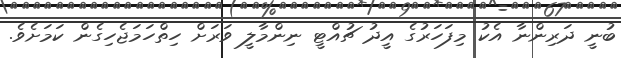
ބުނީ ދަރިންނާ އެކު މިފަހަރުގެ އީދު ޗުއްޓީ ނިންމާލީ ވަރަށް ހިތްހަމަޖެހިގެން ކަމަށެވެ.